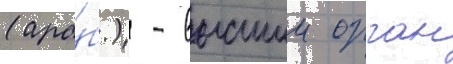
(ара́б.) - высшии орган